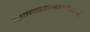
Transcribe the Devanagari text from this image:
माद्यन्मालयमालतीपरिमलो